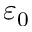
\varepsilon _ { 0 }